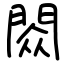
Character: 閦